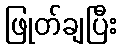
ဖြုတ်ချပြီး